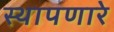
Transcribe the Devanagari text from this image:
स्थापणारे